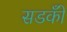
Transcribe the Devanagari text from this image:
सडकोँ